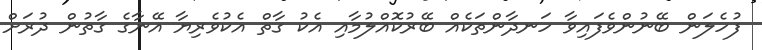
ފުހެލަން ބޭނުންވެފައިވާ ހަނދާންތަކެއް ބޭރުކޮއްލުމާއި އެކު ގާތް އެކުވެރިޔާ އޭނާގެ ގާތުން ދުރަށް